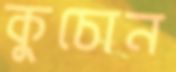
কুচোন